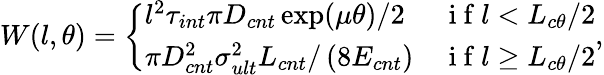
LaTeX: W(l,\theta)=\left\{ \begin{array}{ll}{l^{2}\tau_{int}\pi D_{cnt}\exp(\mu\theta)/2}&{\mathrm{~i~f~}l<L_{c\theta}/2}\\ {\pi D_{cnt}^{2}\sigma_{ult}^{2}L_{cnt}/\left(8E_{cnt}\right)}&{\mathrm{~i~f~}l\geq L_{c\theta}/2}\end{array}\right.,